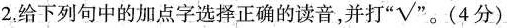
2. 给下列句中的加点字选择正确的读音，并打 “√”。（4分）